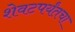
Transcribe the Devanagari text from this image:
शेवटपर्यंतचा